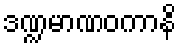
ဒဏ္ဍမာဏဝကာနိ